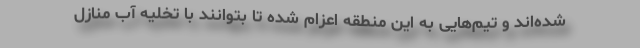
شده‌اند و تیم‌هایی به این منطقه اعزام شده تا بتوانند با تخلیه آب منازل